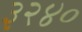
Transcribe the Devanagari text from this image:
३२४०